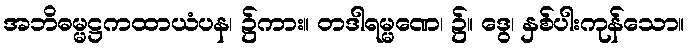
အဘိဓမ္မဋ္ဌကထာယံပန၊ ၌ကား။ တဒါရမ္မဏေ၊ ၌။ ဒွေ၊ နှစ်ပါးကုန်သော။